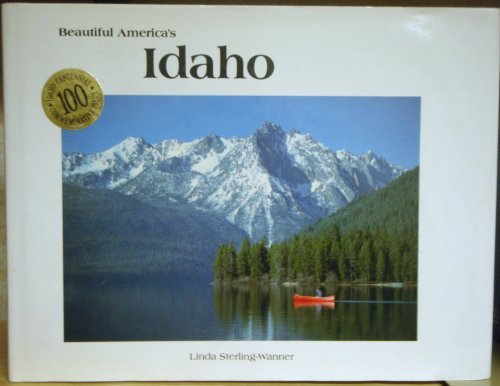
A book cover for Beautiful America's Idaho; Linda Sterling-Wanner; Travel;